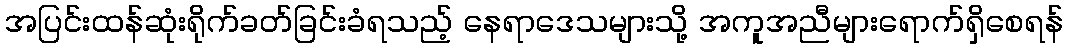
အပြင်းထန်ဆုံးရိုက်ခတ်ခြင်းခံရသည့် နေရာဒေသများသို့ အကူအညီများရောက်ရှိစေရန်